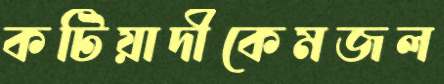
কটিয়াদীকেমজল